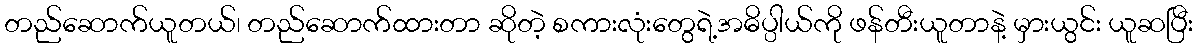
တည်ဆောက်ယူတယ်၊ တည်ဆောက်ထားတာ ဆိုတဲ့ စကားလုံးတွေရဲ့အဓိပ္ပါယ်ကို ဖန်တီးယူတာနဲ့ မှားယွင်း ယူဆပြီး